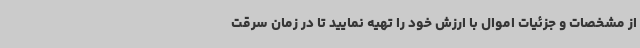
از مشخصات و جزئیات اموال با ارزش خود را تهیه نمایید تا در زمان سرقت